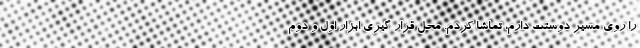
را روی مسیر دوستت دارم، تماشا کردم. محل قرار گیری ابزار اول و دوم